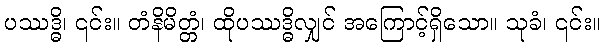
ပဿဒ္ဓိ၊ ၎င်း။ တံနိမိတ္တံ၊ ထိုပဿဒ္ဓိလျှင် အကြောင့်ရှိသော။ သုခံ၊ ၎င်း။